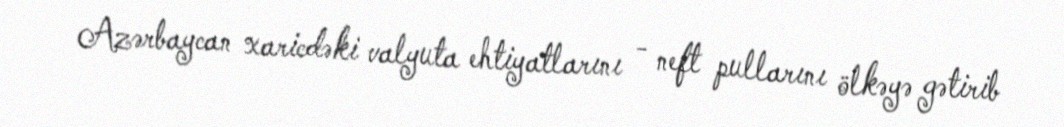
Azərbaycan xaricdəki valyuta ehtiyatlarını - neft pullarını ölkəyə gətirib